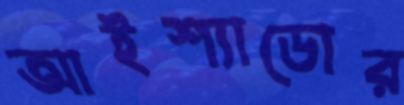
আইশ্যাডোর